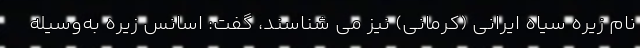
نام‌ زیره سیاه ایرانی (کرمانی) نیز می شناسند، گفت: اسانس زیره به‌وسیله